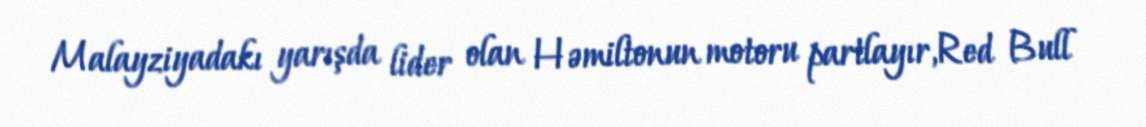
Malayziyadakı yarışda lider olan Həmiltonun motoru partlayır,Red Bull